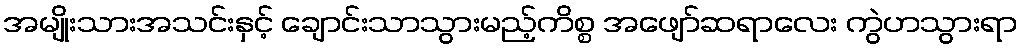
အမျိုးသားအသင်းနှင့် ချောင်းသာသွားမည့်ကိစ္စ အဖျော်ဆရာလေး ကွဲဟသွားရာ